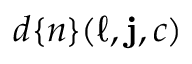
d \{ n \} ( \ell , \mathbf { j } , c )